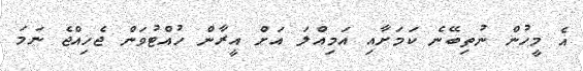
އެ މީހުން ނުތިބޭނެ ކަމަށާއި އަމިއްލަ އަށް އީރާން ހުއްޓުވަން ޖެހިއްޖެ ނަމަ